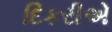
દિકરીએ